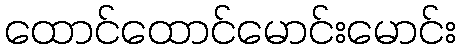
ထောင်ထောင်မောင်းမောင်း